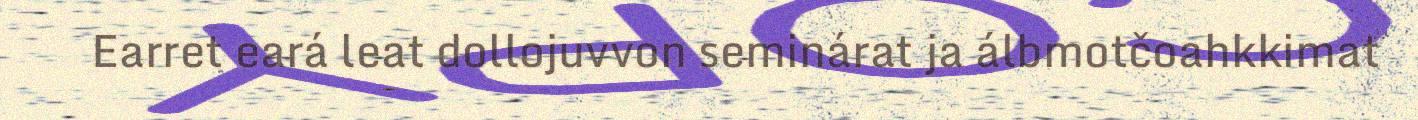
Earret eará leat dollojuvvon seminárat ja álbmotčoahkkimat